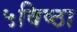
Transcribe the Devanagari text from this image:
५विष्ठा